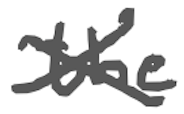
Text: the
Cross-out: mix
Writing tool: digital_gray